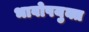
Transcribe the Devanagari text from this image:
भावोपयुक्त